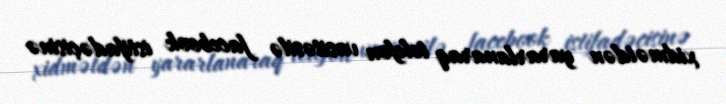
xidmətdən yararlanaraq telefon vasitəsilə facebook istifadəçisinə